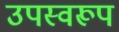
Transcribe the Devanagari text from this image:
उपस्वरूप